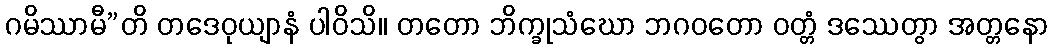
ဂမိဿာမီ”တိ တဒေဝုယျာနံ ပါဝိသိ။ တတော ဘိက္ခုသံဃော ဘဂဝတော ဝတ္တံ ဒဿေတွာ အတ္တနော